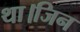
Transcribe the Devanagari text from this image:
था।जिन